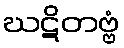
ဃဋိတဗ္ဗံ